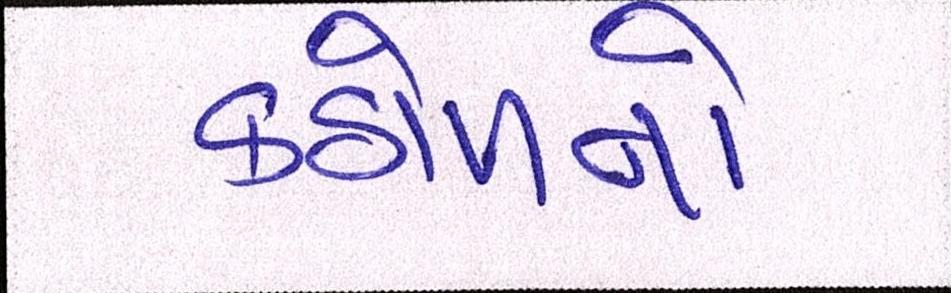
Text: કઠોળનો